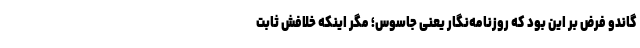
گاندو فرض بر این بود که روزنامه‌نگار یعنی جاسوس؛ مگر اینکه خلافش ثابت